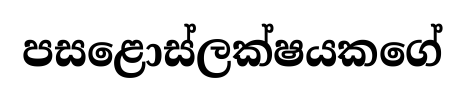
පසළොස්ලක්ෂයකගේ